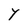
Character: Y